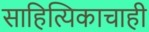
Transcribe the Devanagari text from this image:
साहित्यिकाचाही